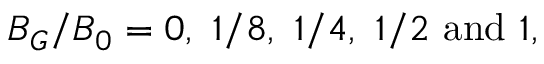
B _ { G } / B _ { 0 } = 0 , ~ 1 / 8 , ~ 1 / 4 , ~ 1 / 2 \mathrm { ~ a n d ~ } 1 ,